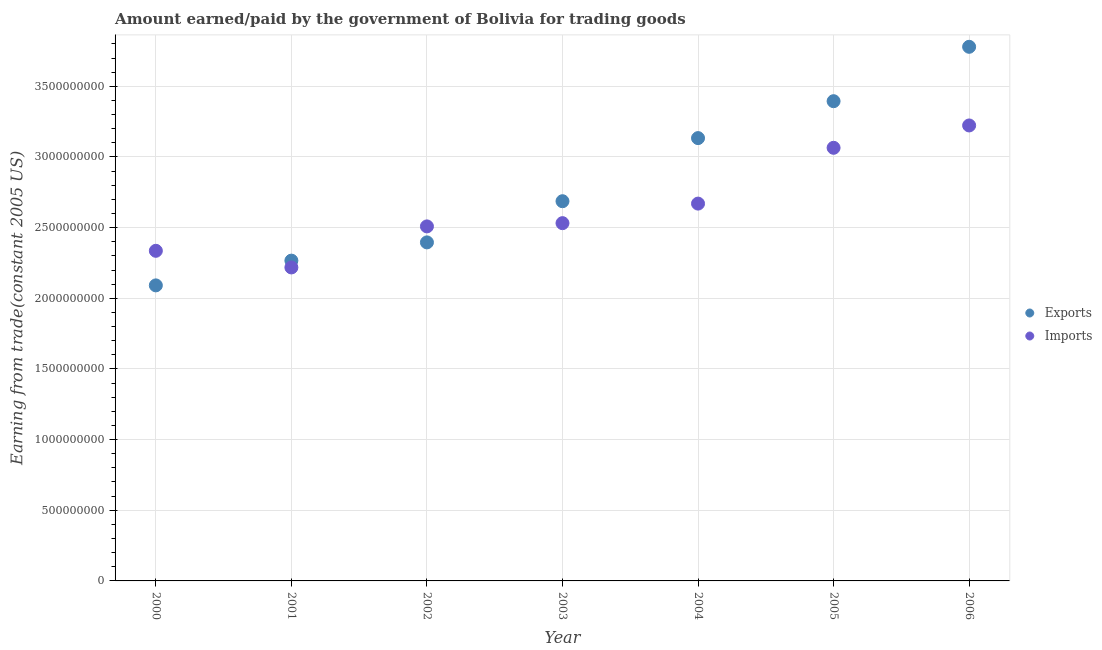
| Year | Exports | Imports |
 | --- | --- | --- |
 | 2000 | 2.09e+09 | 2.34e+09 |
 | 2001 | 2.27e+09 | 2.22e+09 |
 | 2002 | 2.4e+09 | 2.51e+09 |
 | 2003 | 2.69e+09 | 2.53e+09 |
 | 2004 | 3.13e+09 | 2.67e+09 |
 | 2005 | 3.39e+09 | 3.06e+09 |
 | 2006 | 3.78e+09 | 3.22e+09 |